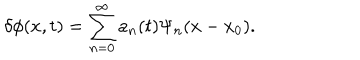
\delta \phi ( x , t ) = \sum _ { n = 0 } ^ { \infty } a _ { n } ( t ) \Psi _ { n } ( x - x _ { 0 } ) .